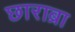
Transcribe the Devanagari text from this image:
छाराब्रा